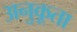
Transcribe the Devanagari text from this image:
अनुकूता